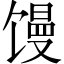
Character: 馒